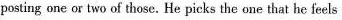
posting one or two of those. He picks the one that he feels